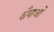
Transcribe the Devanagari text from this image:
शैैयाओं